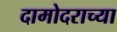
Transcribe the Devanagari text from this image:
दामोदराच्या